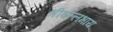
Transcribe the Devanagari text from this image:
श्रीवल्लभाय